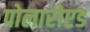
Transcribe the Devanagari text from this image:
पोलारोएड